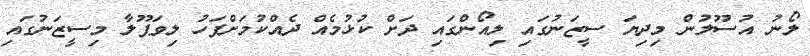
ލޯނު އުސޫލުން މިދިޔަ ސީޒަނުގައި ލިއޯންގައި ދަށް ކުޅުމެއް ދެއްކުމަށްފަހު ލިވަޕޫލާ މިސީޒަނުގައި